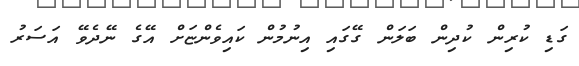
ގަޑި ކުރިން ކުދިން ބަލަން ގޭގައި އިނުމުން ކައިވެންޏަށް އޭގެ ނޭދެވޭ އަސަރު